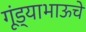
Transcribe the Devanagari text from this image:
गूंड्याभाऊचे